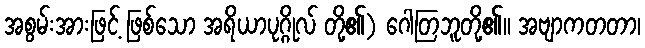
အစွမ်းအားဖြင့် ဖြစ်သော အရိယာပုဂ္ဂိုလ် တို့၏) ဂေါတြဘူတို့၏။ အဗျာကတတာ၊